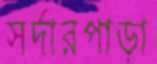
সর্দারপাড়া